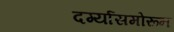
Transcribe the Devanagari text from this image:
दर्ग्यासमोरून